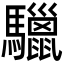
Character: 𩧆